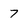
Character: 7